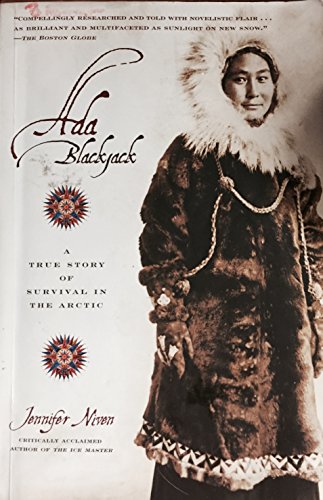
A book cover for Ada Blackjack by Jennifer Niven by Jennifer Niven; Jennifer Niven; Humor & Entertainment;